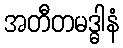
အတီတမဒ္ဓါနံ